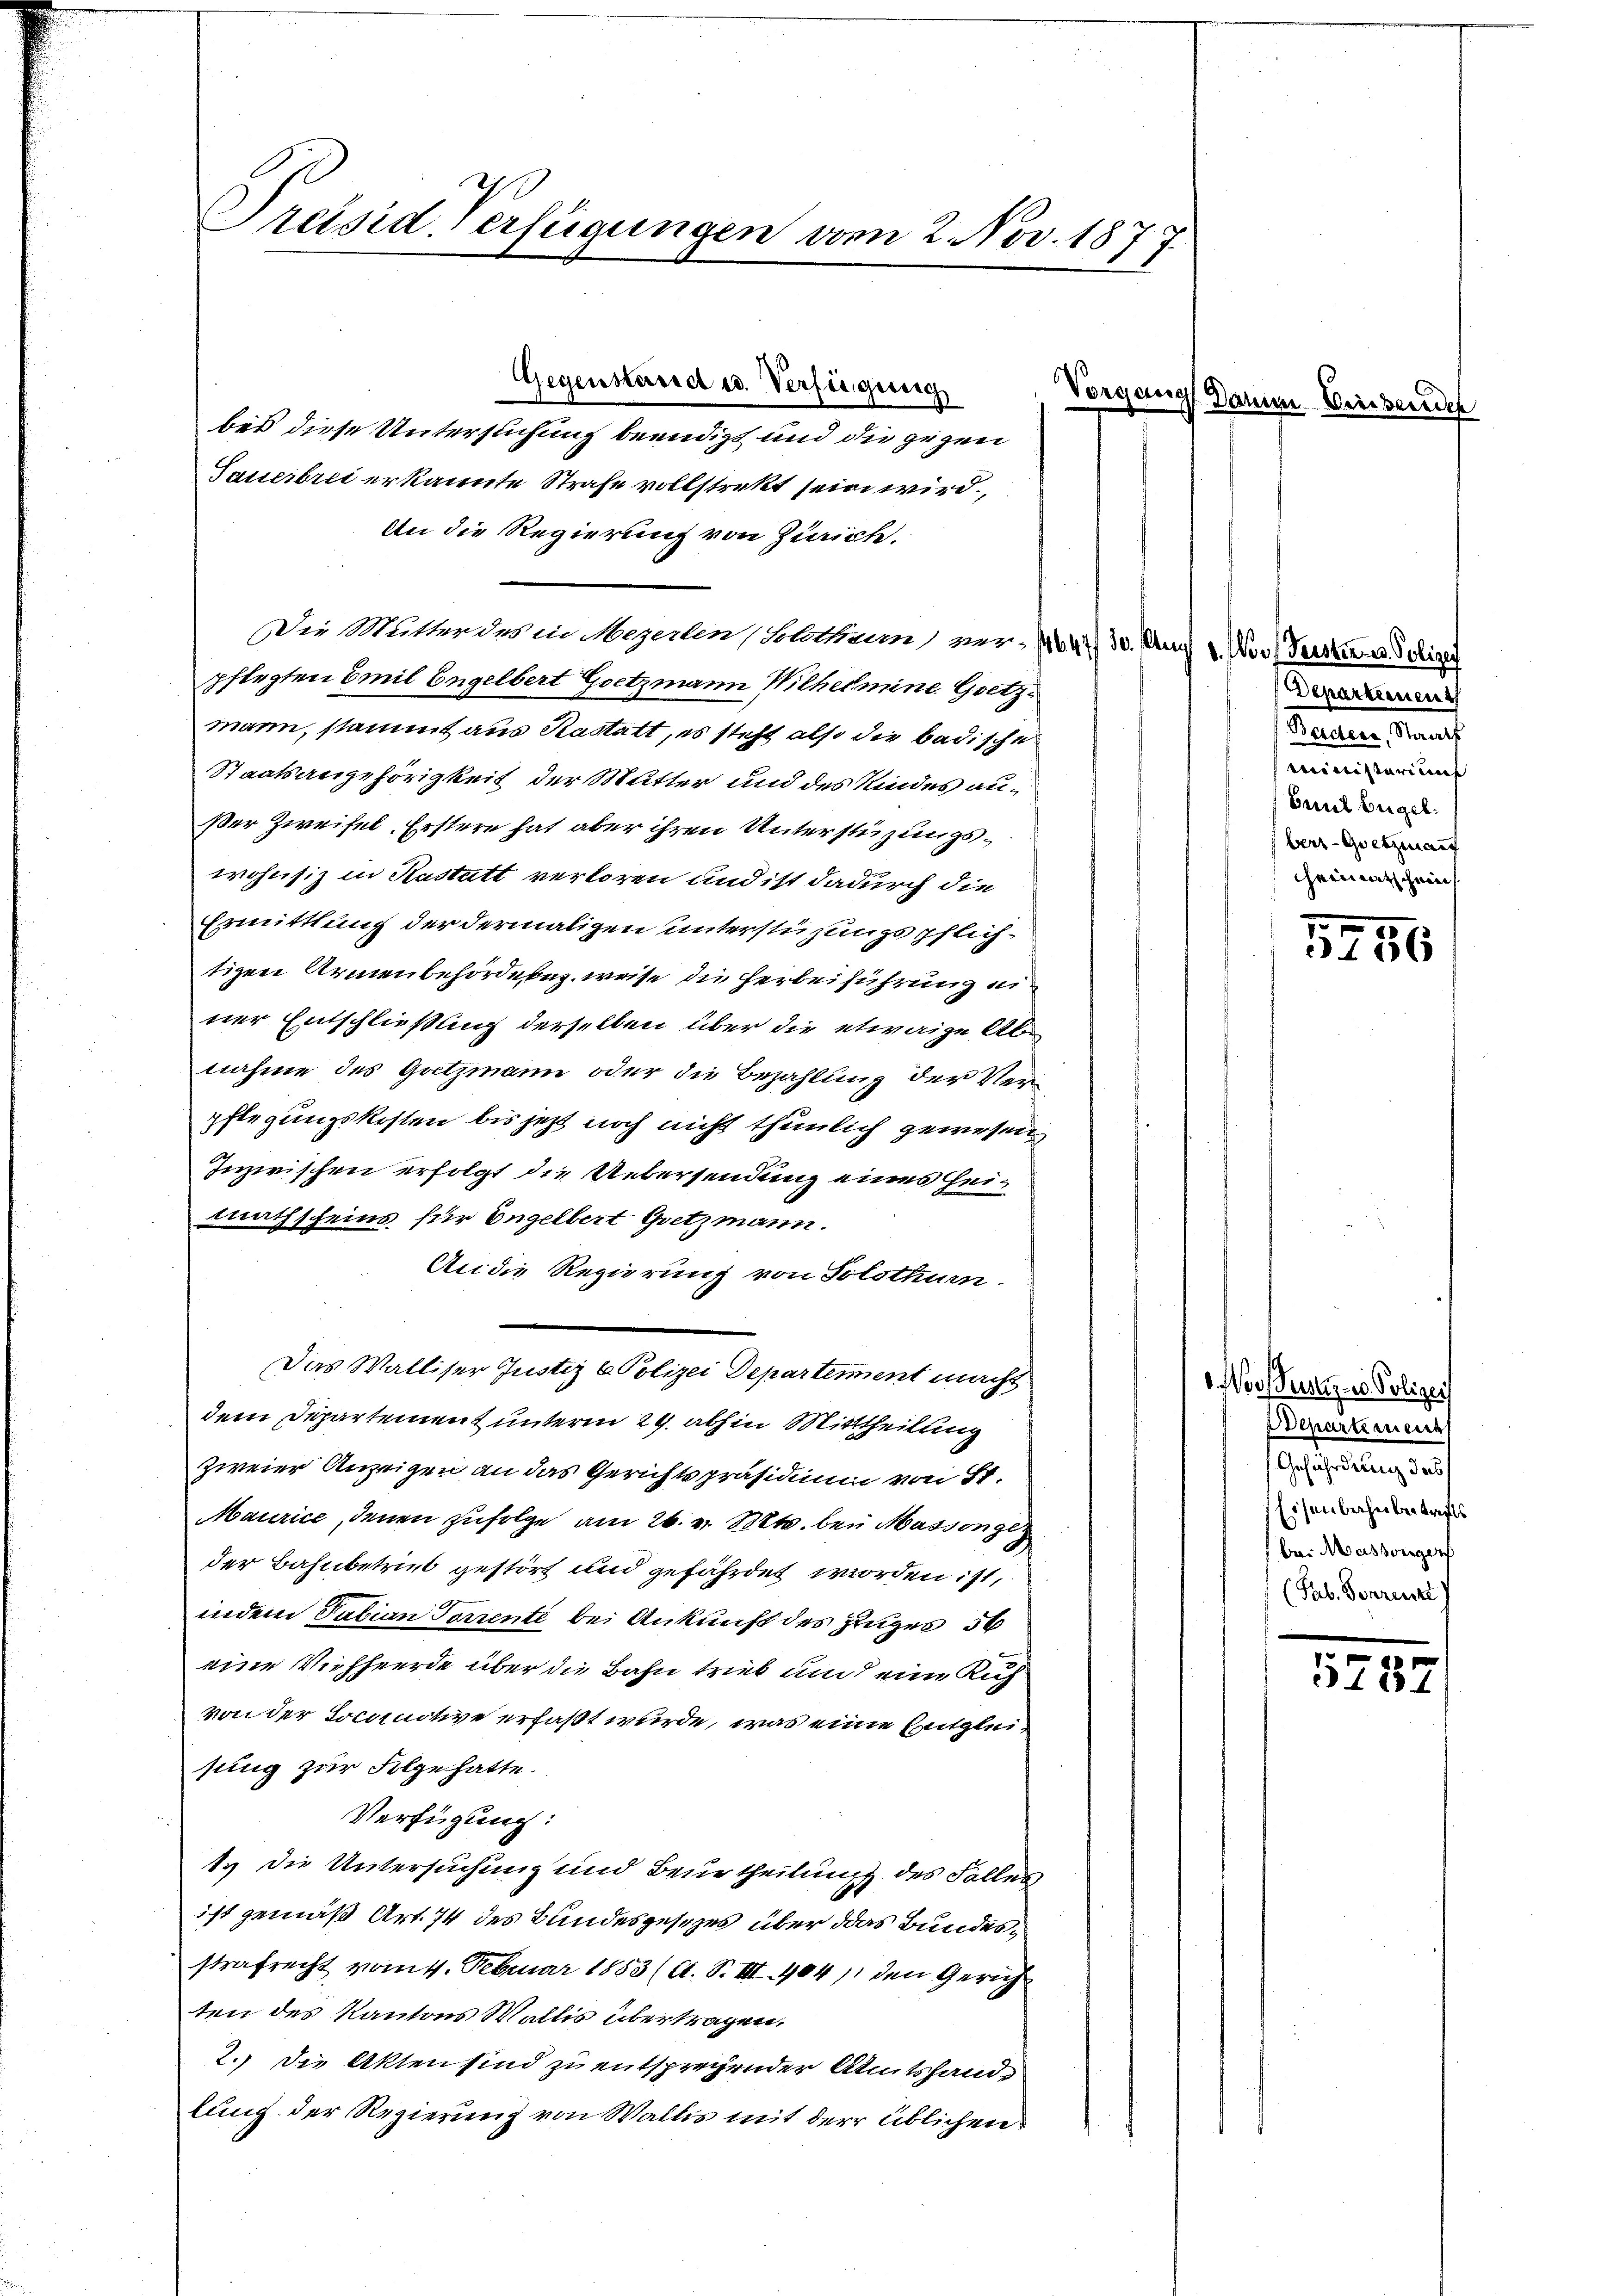
Präsid-Verfügungen vom 2. Nov. 1877

Sauerbrei erkannte Strafe vollstrekt sein wird.
An die Regierung von Zürich.
Die Mitter des in Meyerlen, Solothum vor 1647 30. Aug 1. Nov. Verste u. Polizei
pflegten Emil Engelbert Goetzmann Wilhelmine Gsetzmann, stammt aus Kastatt, es steht also die badische
Staatsangehörigkeit der Mutter und des Kindes außer Zweifel. Erstere hat aber ihren Unterstüzungswohnsiz in Kastatt verloren und ist dadurch die
Ermittlung der dermaligen unterstüzungspflichtigen Armenbehörderung, weise die Herbeiführung einer Entschließung derselben über die etwaige Abnahme des Gutzmann oder die Bezahlung der Verpflegungskosten bis jetzt noch nicht thunlich gewesen
Inzwischen erfolgt die Uebersendung eines Heimathscheins für Engelbert Gsetzmann.
An die Regierung von Solothurn.
Das Walliser Justiz & Polizei Departement macht
dem Departement unterm 29. abhin Mittheilung
zweier Anzeigen an das Gerichtspräsidium von St.
Maurice, denen zufolge am 26. v. M. bei Massonge
der Bahnbetrieb gestört und gefährdet worden ist,
indem Tabian Toriente bei Ankunft des Zuges 56
eine Viehheerde über die Bahn trieb und eine Ruh
von der Socomotive erfaßt wurde, was eine Entgleisung zur Folge hatte.
Verfügung:
1. Die Untersuchung und Beurtheilung des Falles
ist gemäß Art. 74 des Bundesgesezes über das Bundesstrafrecht vom 4. Februar 1883 (A. S. III 404 den Gericht
ten des Kantons Wallis übertragen.
2.) Die Akten sind zu entsprechender Amtshandlung der Regierung von Wallis mit der üblichen

Gegenstand es. Verfügung
bes diese Untersuchung beendigt und die gegen

Vorgang Dann Lieberei

Departienen
Beiders, Staats
Ministerium
Emil Eigel.
berz-Gesetzen auf
hheimatschein

5756

Noof Justiz- u. Polizei
Departemens
Gefährdung das
Eisenbahn betrifts
bei Massengerf
(Pab. Vorrente

5787